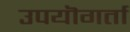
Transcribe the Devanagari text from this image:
उपयॊगर्ता